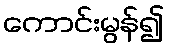
ကောင်းမွန်၍